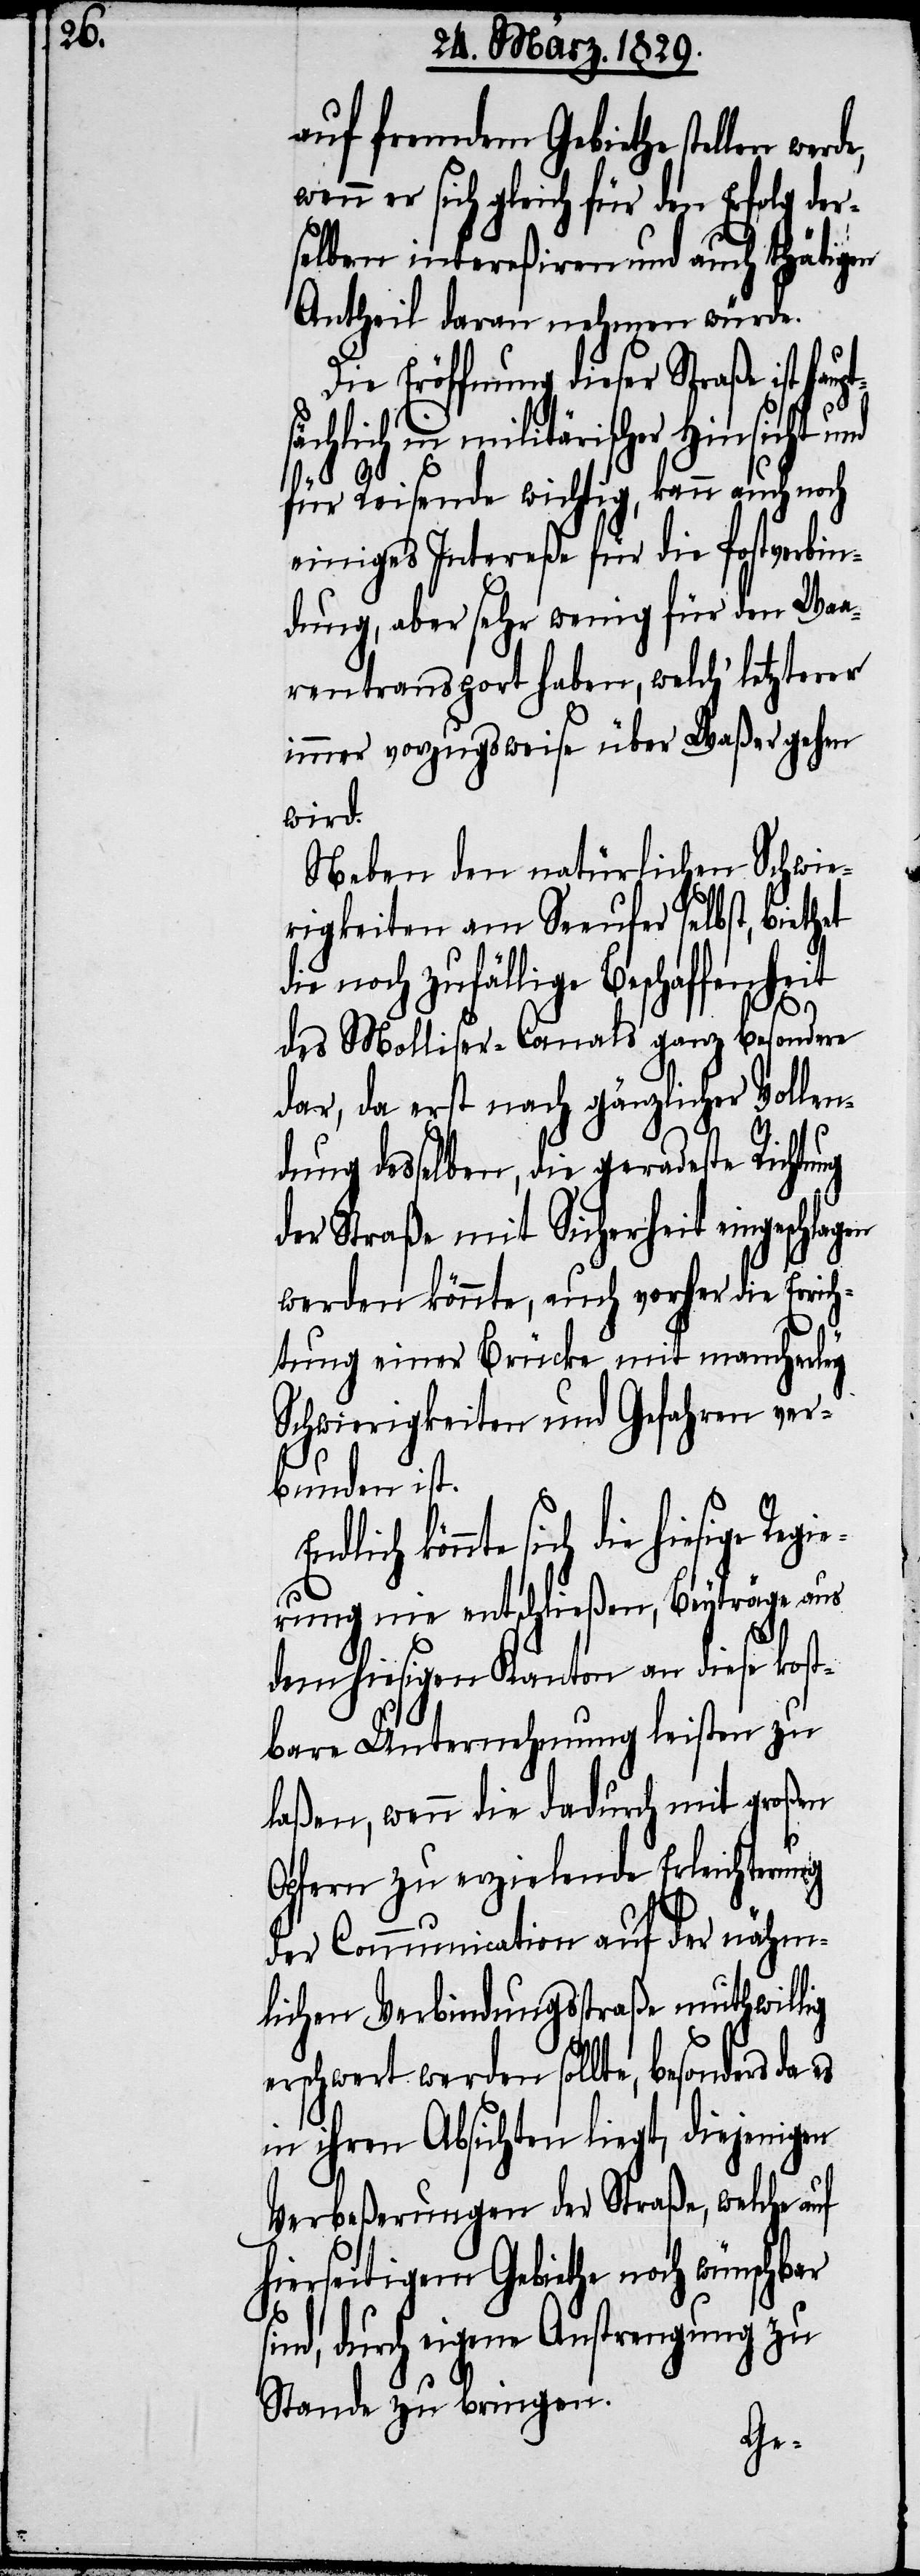
auf fremdem Gebiethe stellen
wenn er sich gleich für den Erfolg der¬
selben intereßiren und auch thätigen
Antheil daran nehmen würde.
Die Eröffnung dieser Straße ist ha¬
sächlich in militärischer Hinsicht und
für Reisende wichtig, kann auch noch
einiges Intereße für die Postverbin¬
dung, aber sehr wenig für den Waa¬
rentransport haben, welch‘ letzterer
immer vorzugsweise über Waßer gehen
wird.
Neben den natürlichen Schwie¬
rigkeiten am Seeufer selbst, biethet
die noch zufällige Beschaffenheit
des Molliser-Canals ganz besondere
dar, da erst nach gänzlicher Vollen¬
dung desselben, die geradeste Richtung
der Straße mit Sicherheit eingeschla¬
werden könnte, auch vorher die Errich¬
tung einer Brücke mit mancherley
Schwierigkeiten und Gefahren ver¬
bunden ist.
sich die hiesige Regi¬
erung nie entschließen, Beyträge aus
dem hiesigen Kanton an diese kost¬
bare Unternehmung leisten zu
laßen, wenn die dadurch mit großen
Opfern zu erzielende Erleichterung
der Communication auf der nähm¬
lichen Verbindungsstraße muthwillig
erschwert werden sollte, besonders
in ihren Absichten liegt, diejenigen
Verbeßerungen der Straße, welche auf
hierseitigem Gebiethe noch wünschbar
sind, durch eigene Anstrengung zu
Stande zu bringen.
gen